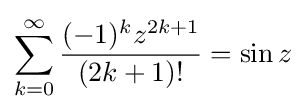
\sum _{k=0}^{\infty }{\frac {(-1)^{k}z^{2k+1}}{(2k+1)!}}=\sin z